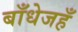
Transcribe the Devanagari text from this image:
बाँधेजहँ